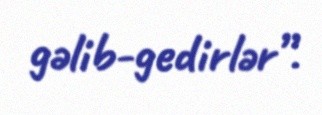
gəlib-gedirlər”.